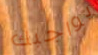
بواجبك